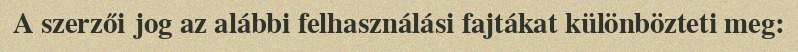
A szerzői jog az alábbi felhasználási fajtákat különbözteti meg: